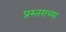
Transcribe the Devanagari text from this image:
प्रस्तराच्या